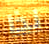
لذا